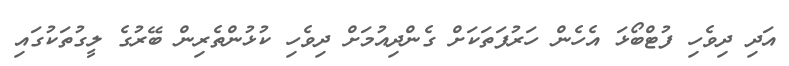
އަދި ދިވެހި ފުޓްބޯޅަ އެހެން ހަރުފަތަަކަށް ގެންދިއުމަށް ދިވެހި ކުޅުންތެރިން ބޭރުގެ ލީގުތަކުގައި